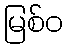
မြစ်ဝ